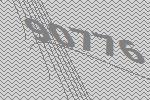
90776